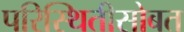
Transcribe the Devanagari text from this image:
परिस्थितीसोबत